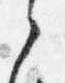
之